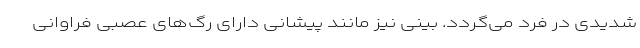
شدیدی در فرد می‌گردد. بینی نیز مانند پیشانی دارای رگ‌های عصبی فراوانی